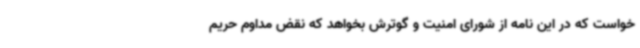
خواست که در این نامه از شورای امنیت و گوترش بخواهد که نقض‌ مداوم حریم